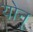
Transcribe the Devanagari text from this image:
योन्